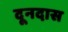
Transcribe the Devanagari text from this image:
दूनदास